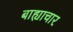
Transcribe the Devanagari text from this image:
बाह्याचार